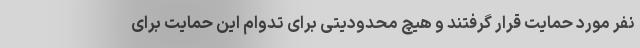
نفر مورد حمایت قرار گرفتند و هیچ محدودیتی برای تدوام این حمایت برای